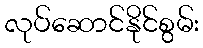
လုပ်ဆောင်နိုင်စွမ်း